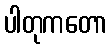
ပါတုကတော